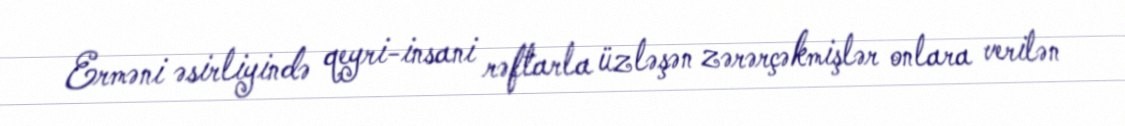
Erməni əsirliyində qeyri-insani rəftarla üzləşən zərərçəkmişlər onlara verilən